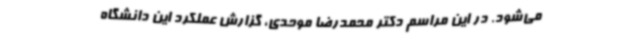
می‌شود. در این مراسم دکتر محمدرضا موحدی، گزارش عملکرد این دانشگاه